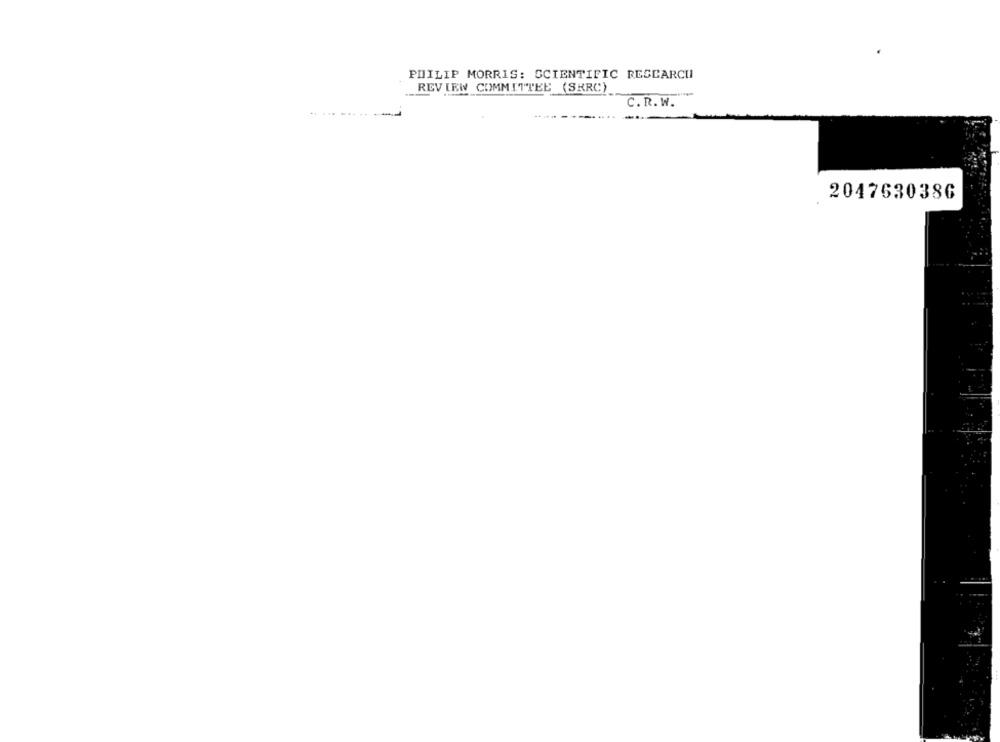
PHILIP MORRIS: SCIENTIFIC RESEARCH
REVIEW COMMITTEE (SRRC)
C.R.W.
... ....
2047630386